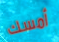
أمسك